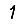
Digit: 1